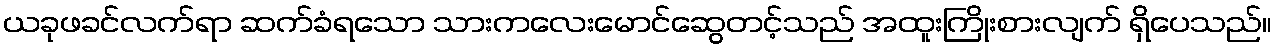
ယခုဖခင်လက်ရာ ဆက်ခံရသော သားကလေးမောင်ဆွေတင့်သည် အထူးကြိုးစားလျက် ရှိပေသည်။